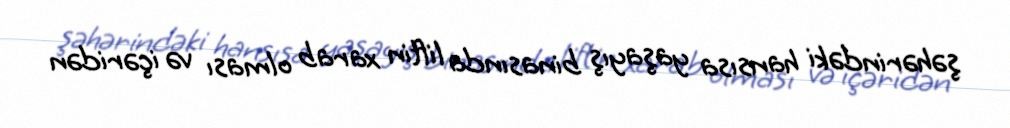
şəhərindəki hansısa yaşayış binasında liftin xarab olması və içəridən